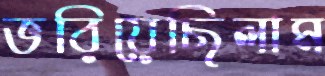
ভরিয়েছিলাম